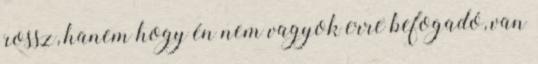
rossz, hanem hogy én nem vagyok erre befogadó, van